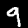
Label: 9